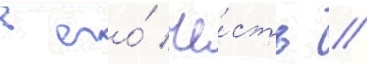
в его́ че́сть //